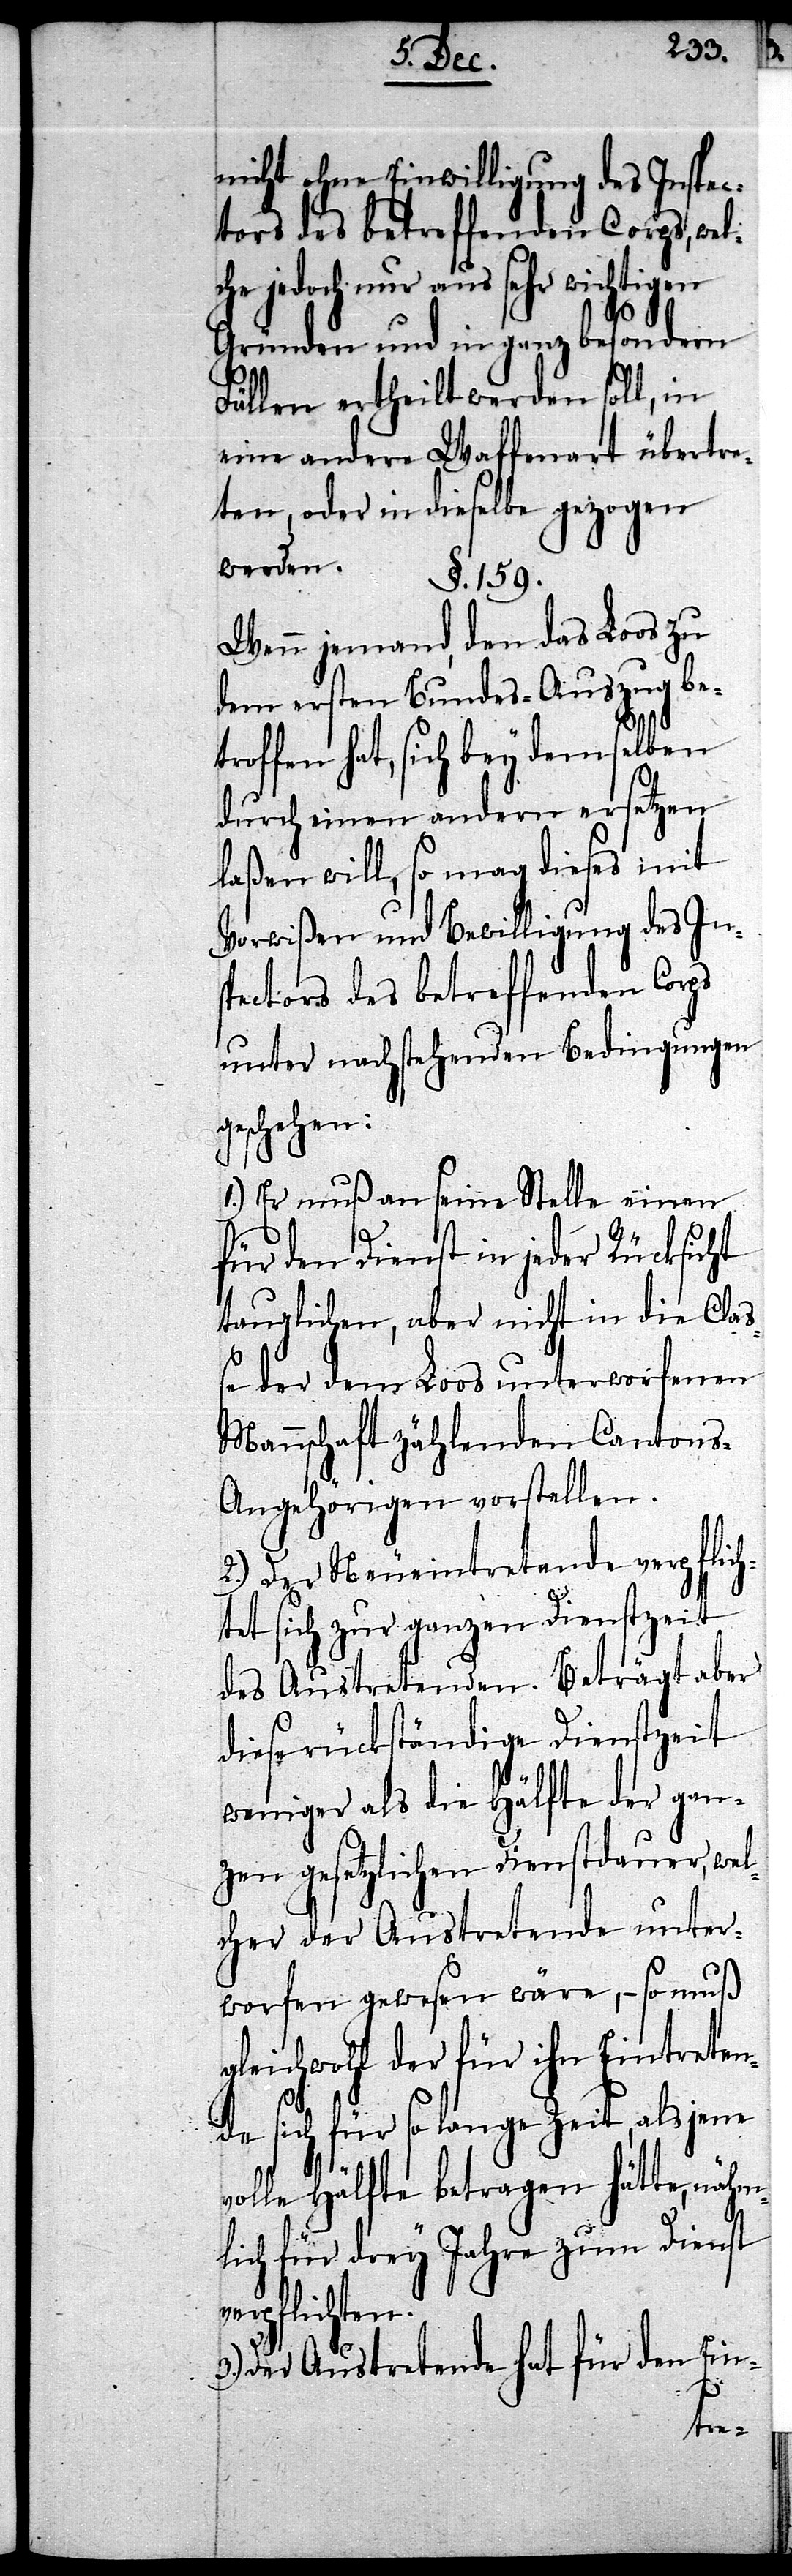
nicht ohne Einwilligung des Inspec¬
tors des betreffenden Corps, wel¬
che jedoch nur aus sehr wichtigen
Gründen und in ganz besondern
Fällen ertheilt werden soll, in
eine andere Waffenart übertre¬
ten, oder in dieselbe gezogen
werden.
§. 159.
Wenn jemand, den das Loos zu
dem ersten Bundes-Auszug be¬
troffen hat, sich bey demselben
durch einen andern ersetzen
laßen will, so mag dieses mit
Vorwißen und Bewilligung des In¬
spectors des betreffenden Corps
unter nachstehenden Bedingungen
geschehen:
1.) Er muß an seine Stelle einen
für den Dienst in jeder Rücksicht
tauglichen, aber nicht in die Cla¬
ße der dem Loos unterworfenen
Mannschaft zählenden Cantons-A¬
ngehörigen vorstellen.
2.) Der Neueintretende verpflich¬
tet sich zur ganzen Dienstzeit
des Austretenden. Beträgt aber
diese rückständige Dienstzeit
weniger als die Hälfte der gan¬
zen gesetzlichen Dienstdauer, wel¬
cher der Austretende unter¬
worfen gewesen wäre, – so muß
gleichwohl der für ihn Eintreten¬
de sich für so lange Zeit, als jene
volle Hälfte betragen hätte, nähm¬
lich für drey Jahre zum Dienst
erpflichten.
Der Austretende hat für den Ein-

v¬